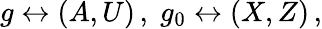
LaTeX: g\leftrightarrow(A,U)\, ,\; g_{0}\leftrightarrow(X,Z)\, ,